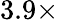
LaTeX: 3.9\times